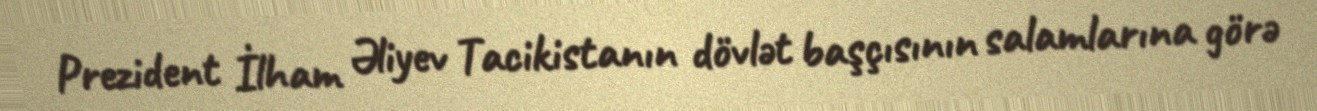
Prezident İlham Əliyev Tacikistanın dövlət başçısının salamlarına görə